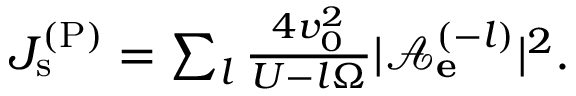
\begin{array} { r } { J _ { \mathrm { s } } ^ { \mathrm { ( P ) } } = \sum _ { l } \frac { 4 v _ { 0 } ^ { 2 } } { U - l \Omega } | \mathcal { A } _ { \bf e } ^ { ( - l ) } | ^ { 2 } . } \end{array}